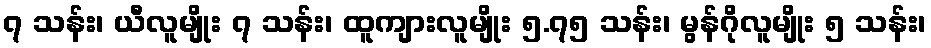
၇ သန်း၊ ယီလူမျိုး ၇ သန်း၊ ထူကျားလူမျိုး ၅.၇၅ သန်း၊ မွန်ဂိုလူမျိုး ၅ သန်း၊